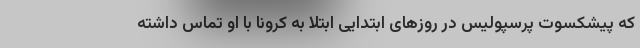
که پیشکسوت پرسپولیس در روزهای ابتدایی ابتلا به کرونا با او تماس داشته